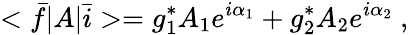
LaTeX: <\bar{f}|A|\bar{i}>=g_{1}^{*}A_{1}e^{i\alpha_{1}}+g_{2}^{*}A_{2}e^{i\alpha_{2}}\ ,